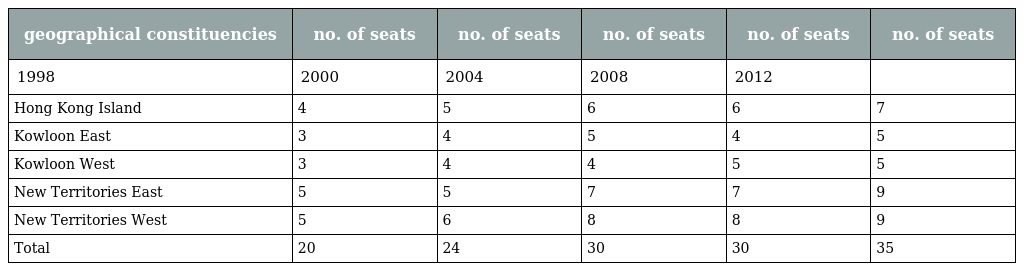
| geographical constituencies | no. of seats | no. of seats | no. of seats | no. of seats | no. of seats |
 | --- | --- | --- | --- | --- | --- |
 | 1998 | 2000 | 2004 | 2008 | 2012 |  |
 | Hong Kong Island | 4 | 5 | 6 | 6 | 7 |
 | Kowloon East | 3 | 4 | 5 | 4 | 5 |
 | Kowloon West | 3 | 4 | 4 | 5 | 5 |
 | New Territories East | 5 | 5 | 7 | 7 | 9 |
 | New Territories West | 5 | 6 | 8 | 8 | 9 |
 | Total | 20 | 24 | 30 | 30 | 35 |